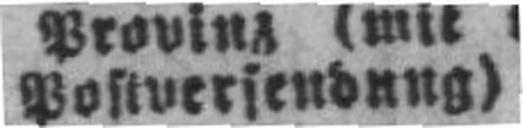
Postversendung